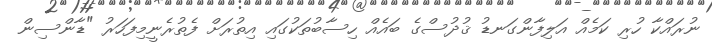
ނުރައްކާ ހުރި ކަމެއް އަލިފާންގަނޑު ޤުދުސްގެ ބައެއް ހިސާބުތަކުގައި އިތުރަށް ފެތުރެނީމިފަހަރު "ޑާންސިން